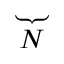
\underbrace { \phantom { S _ { 1 1 } ^ { \prime } } } _ { N }